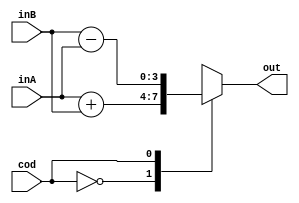
module ULA(cod, inA, inB, out);
input wire[3:0] inA, inB;
input wire cod;
output reg[3:0] out;

parameter
ADD = 1'b0,
SUB = 1'b1;

always begin
	case(cod)
		ADD: out <= inA + inB;
		SUB: out <= inB - inA;
	endcase 
end

endmodule